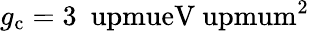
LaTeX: g_{\mathrm{c}}=3~\mathrm{\ upmueV\ upmum^{2}}